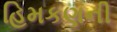
હિમકણની